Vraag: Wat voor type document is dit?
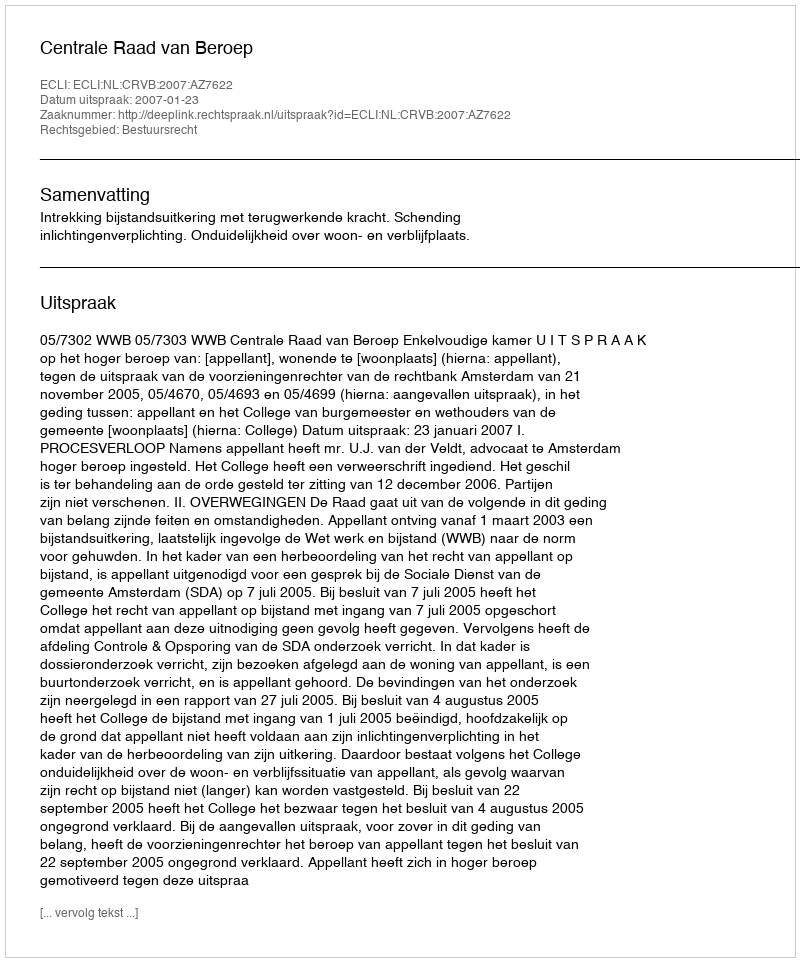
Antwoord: Uitspraak